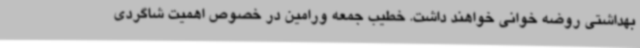
بهداشتی روضه خوانی خواهند داشت. خطیب جمعه ورامین در خصوص اهمیت شاگردی